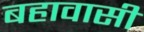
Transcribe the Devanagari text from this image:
बहावासी